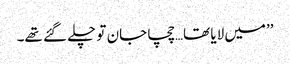
’’میں لایا تھا…چچا جان تو چلے گئے تھے۔